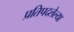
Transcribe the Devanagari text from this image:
प्रतिपदलेल्या